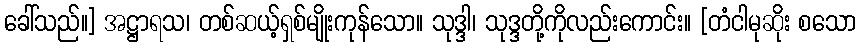
ခေါ်သည်။] အဋ္ဌာရသ၊ တစ်ဆယ့်ရှစ်မျိုးကုန်သော။ သုဒ္ဒါ၊ သုဒ္ဒတို့ကိုလည်းကောင်း။ [တံငါမုဆိုး စသော